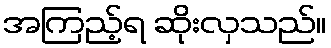
အကြည့်ရ ဆိုးလှသည်။